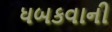
ધબકવાની